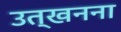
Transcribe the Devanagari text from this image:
उत्खनना